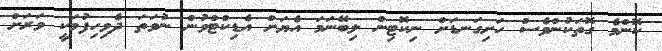
ކޮންމެ ގޮތަކުންވެސް ހަށިގަނޑަށް ނިކޮޓިން ލިބޭނަމަ އެޔަށް އެޑިކްޓްވުން ނުވަތަ ދެވިހިފުމަކީ ވަރަށް